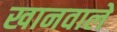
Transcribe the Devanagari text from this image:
खानवाले